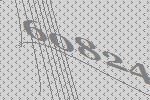
60824